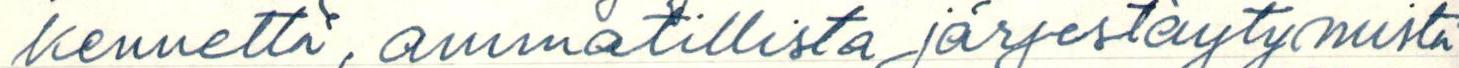
kennettä, ammatillista järjestäytymistä